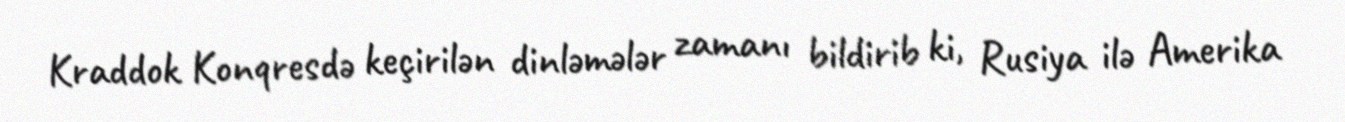
Kraddok Konqresdə keçirilən dinləmələr zamanı bildirib ki, Rusiya ilə Amerika